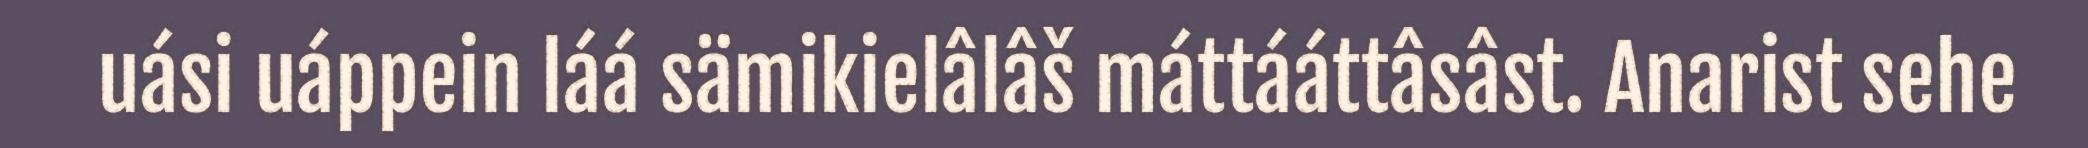
uási uáppein láá sämikielâlâš máttááttâsâst. Anarist sehe